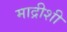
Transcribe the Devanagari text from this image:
माद्रीशी